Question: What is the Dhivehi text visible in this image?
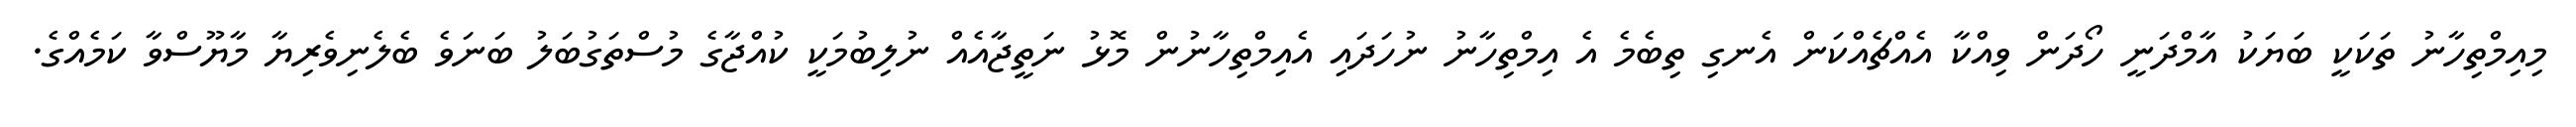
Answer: މިއިމްތިހާނު ތަކަކީ ބަޔަކު އާމްދަނީ ހޯދަން ވިއްކާ އެއްޗެއްކަން އެނގި ތިބެމެ އެ އިމްތިހާނު ނުހަދައި އެއިމްތިހާނުން މޮޅު ނަތީޖާއެއް ނުލިބުމަކީ ކުއްޖާގެ މުސްތަގުބަލު ބަނަވެ ބެލެނިވެރިޔާ މާޔޫސްވާ ކަމެއްގެ.